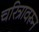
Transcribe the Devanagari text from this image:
चरित्रावरून